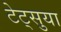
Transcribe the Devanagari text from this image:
टेट्सुया